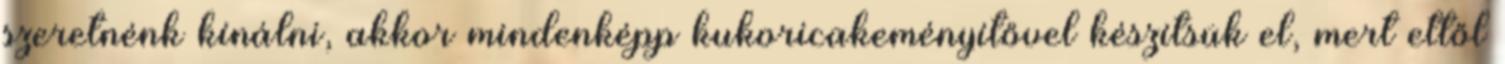
szeretnénk kínálni, akkor mindenképp kukoricakeményítővel készítsük el, mert ettől